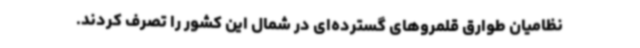
‌نظامیان طوارق قلمروهای گسترده‌ای در شمال این کشور را تصرف کردند.